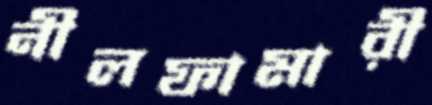
নীলফামারী